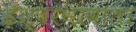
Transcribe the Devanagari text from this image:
ईश्‍वरभावाला